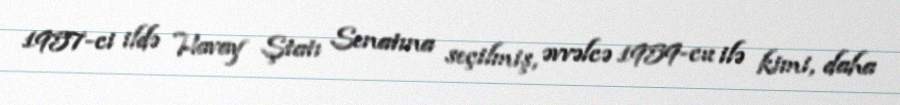
1957-ci ildə Havay Ştatı Senatına seçilmiş, əvvəlcə 1959-cu ilə kimi, daha